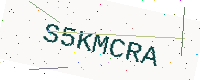
Text: S5KMCRA